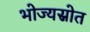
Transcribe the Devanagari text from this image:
भोज्यस्रोत